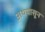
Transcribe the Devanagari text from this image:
अथपासून